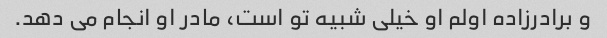
و برادرزاده اولم او خیلی شبیه تو است، مادر او انجام می دهد.